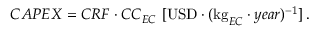
C A P E X = C R F \cdot C C _ { E C } \ [ \mathrm { U S D } \cdot ( \mathrm { k g } _ { E C } \cdot y e a r ) ^ { - 1 } ] \, .